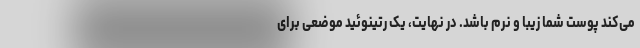
می‌کند پوست شما زیبا و نرم باشد. در نهایت، یک رتینوئید موضعی برای